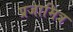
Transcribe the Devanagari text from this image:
प्रजामित्र